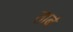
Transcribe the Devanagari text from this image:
तार्ब